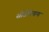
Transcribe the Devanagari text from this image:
सीजेरियाना